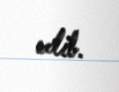
edib.